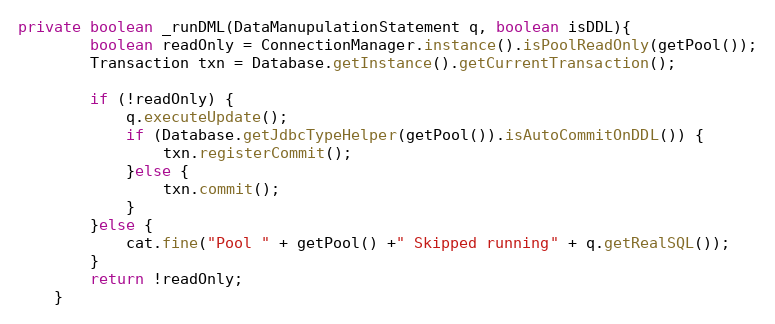
Language: Java
private boolean _runDML(DataManupulationStatement q, boolean isDDL){
    	boolean readOnly = ConnectionManager.instance().isPoolReadOnly(getPool());
    	Transaction txn = Database.getInstance().getCurrentTransaction();

    	if (!readOnly) {
            q.executeUpdate();
            if (Database.getJdbcTypeHelper(getPool()).isAutoCommitOnDDL()) {
            	txn.registerCommit();
            }else {
            	txn.commit();
            }
        }else {
        	cat.fine("Pool " + getPool() +" Skipped running" + q.getRealSQL());
        }
        return !readOnly;
    }